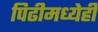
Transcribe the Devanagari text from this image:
पिढीमध्येही